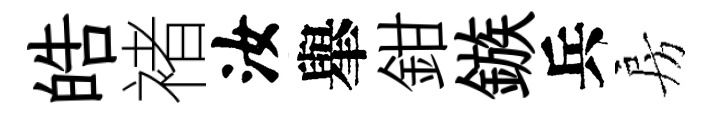
皓褚汝𦦙鉗鏃兵房